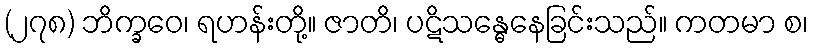
(၂၇၈) ဘိက္ခဝေ၊ ရဟန်းတို့။ ဇာတိ၊ ပဋိသန္ဓေနေခြင်းသည်။ ကတမာ စ၊